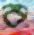
ব